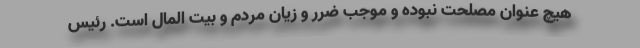
هیچ عنوان مصلحت نبوده و موجب ضرر و زیان مردم و بیت المال است. رئیس